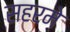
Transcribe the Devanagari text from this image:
सहरमे